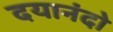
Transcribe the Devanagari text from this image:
दयानंदो